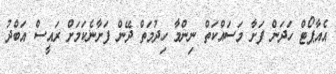
އެއާޕޯޓް ހަދަން ފަށާ މަސައްކަތް ނިންމާ ހިދުމަތް ދޭން ފަށާނެކަމަށް ރައީސް އަބްދު